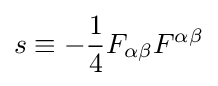
s\equiv -{\frac {1}{4}}F_{\alpha \beta }F^{\alpha \beta }